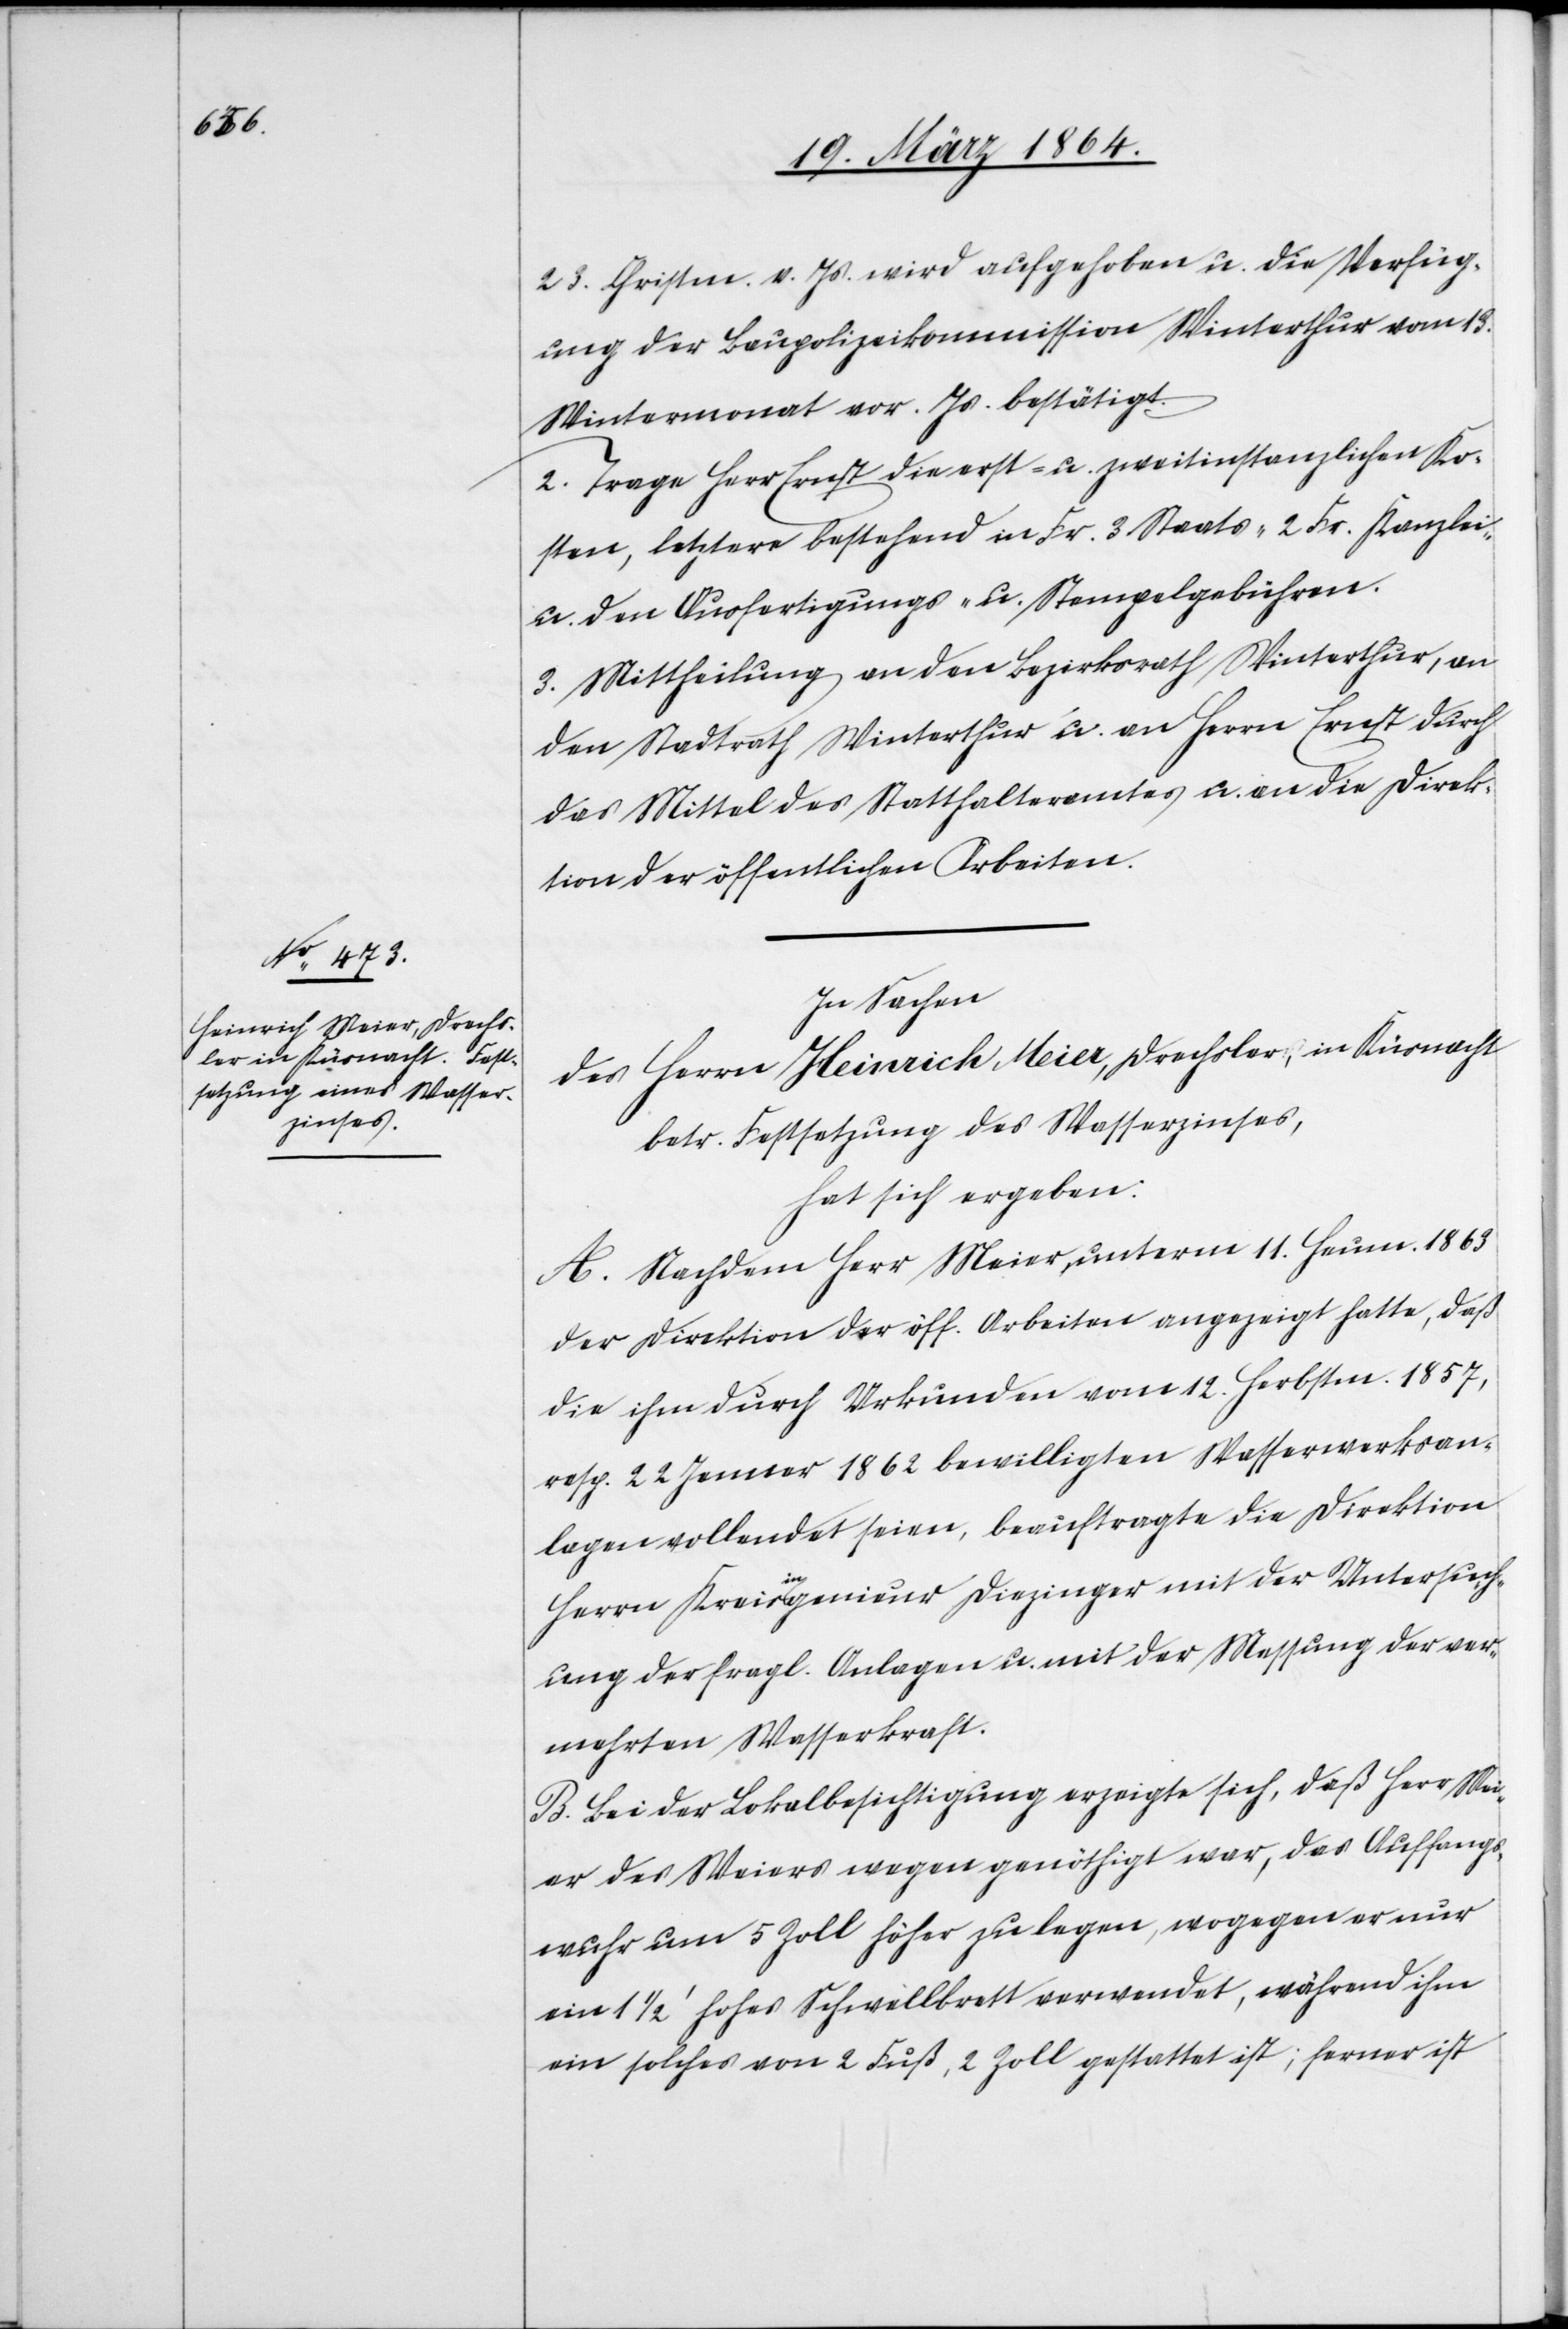
23. Christm. v. Js. wird aufgehoben u. die Verfüg¬
ung der Baupolizeikommission Winterthur vom 13.
Wintermonat vor. Js. bestätigt.
2. Trage Herr Ernst die erst- u. zweitinstanzlichen Ko¬
sten, letztere bestehend in Fr. 3 Staats-[,] 2 Fr. Kanzlei-
u. den Ausfertigungs- u. Stempelgebühren.
3. Mittheilung an den Bezirksrath Winterthur, an
den Stadtrath Winterthur u. an Herrn Ernst durch
das Mittel des Statthalteramtes u. an die Direk¬
tion der öffentlichen Arbeiten.
In Sachen
des Heinrich Meier, Drechsler, in Küsnacht
betr. Festsetzung des Wasserzinses,
hat sich ergeben:
A. Nachdem Herr Meier unterm 11. Heum. 1863
der Direktion der öff. Arbeiten angezeigt hatte, daß
die ihm durch Urkunden vom 12. Herbstm. 1857,
resp. 22. Jenner 1862 bewilligten Wasserwerksan¬
lagen vollendet seien, beauftragte die Direktion
Herrn Kreisingenieur Diezinger mit der Untersuch¬
ung der fragl. Anlagen u. mit der Messung der ver¬
mehrten Wasserkraft.
B. Bei der Lokalbesichtigung erzeigte sich, daß Herr Mei¬
er des Weiers wegen genöthigt war, das Auffangs¬
wuhr um 5 Zoll höher zu legen, wogegen er nur
ein 11/2’ hohes Schwellbrett verwendet, während ihm
ein solches von 2 Fuß, 2 Zoll gestattet ist; ferner ist